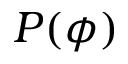
P ( \phi )